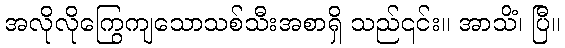
အလိုလိုကြွေကျသောသစ်သီးအစာရှိ သည်၎င်း။ အာသိံ၊ ပြီ။